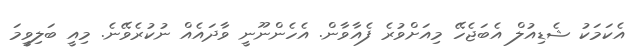
އެކަމަކު ޝެޑިއުލް އެބަޖެހޭ މިއަށްވުރެ ފެއާވާން. އެހެންނޫނީ ވާދައެއް ނުކުރެވޭނެ. މިއީ ބަލިވީމަ